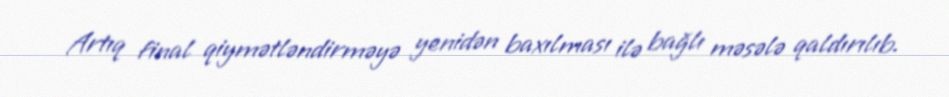
Artıq final qiymətləndirməyə yenidən baxılması ilə bağlı məsələ qaldırılıb.